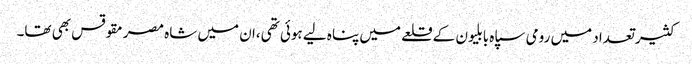
کثیر تعداد میں رومی سپاہ بابلیون کے قلعے میں پناہ لیے ہوئی تھی،ان میں شاہ مصرمقوقس بھی تھا۔